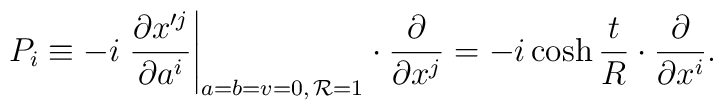
P_{i}\equiv -i\left.\frac{\partial x'^{j}}{\partial a^{i}}\right|_{a=b=v=0,\,{\cal R}=1}\cdot\frac{\partial}{\partial x^{j}}=-i\cosh\frac{t}{R}\cdot\frac{\partial}{\partial x^{i}}.